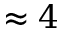
\approx 4